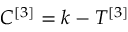
C ^ { [ 3 ] } = k - T ^ { [ 3 ] }